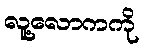
လူ့လောကကို